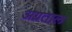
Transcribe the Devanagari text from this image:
अग्रताल